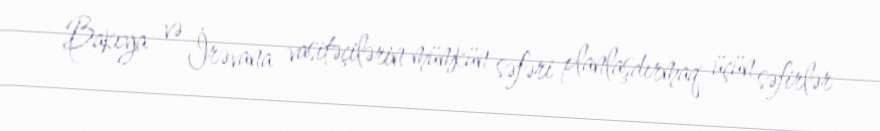
Bakıya və İrəvana vasitəçilərin mümkün səfəri planlaşdırmaq üçün səfirlər